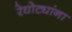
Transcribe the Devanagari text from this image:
रेघोट्यांना